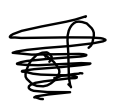
Text: of
Cross-out: scratch
Writing tool: digital_black